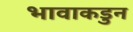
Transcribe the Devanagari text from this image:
भावाकडुन